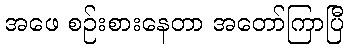
အဖေ စဉ်းစားနေတာ အတော်ကြာပြီ